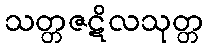
သတ္တဇဋိလသုတ္တ